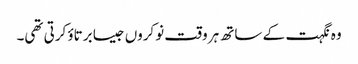
وہ نگہت کے ساتھ ہر وقت نوکروں جیسا برتاؤ کرتی تھی۔